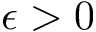
\epsilon > 0